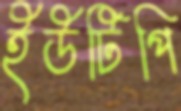
ইউটিপি